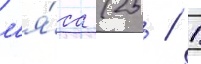
м'я́са (25 / 1